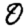
Digit: 0